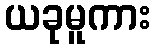
ယခုမူကား